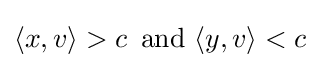
\langle x,v\rangle >c\,{\text{ and }}\langle y,v\rangle <c